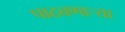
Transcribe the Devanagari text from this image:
पाठवणाऱ्या